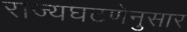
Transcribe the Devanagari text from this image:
राज्यघटणेनुसार